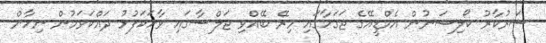
ސަރުކާރު ކޯލިޝަނުން އެމްޑީއޭގެ ޖަގަހާގައި މިރޭ ބޭއްވި ޖަލްސާގައި ވާހަކަފުޅު ދައްކަވަމުން ނިހާން